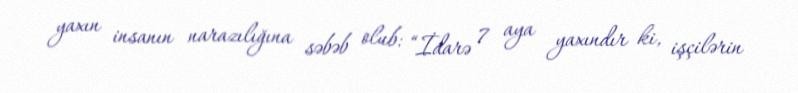
yaxın insanın narazılığına səbəb olub: “İdarə 7 aya yaxındır ki, işçilərin